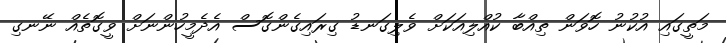
މަތީގައި އުކުނު ހޮވަން ތިއްބާ ކުއްލިއަކަށް ވެލިގަނޑު ގިރައިގެންގޮސް އެދެމީހުންނަށް ވީގޮތެއް ނޭނގި